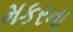
મકરના